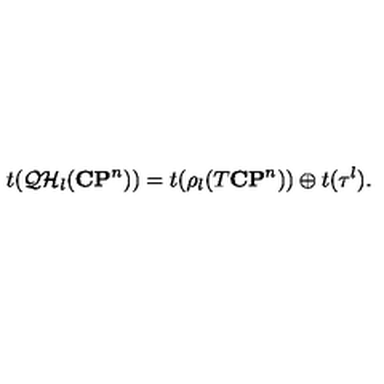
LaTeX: t ( { \cal Q H } _ { l } ( { \bf C P } ^ { n } ) ) = t ( \rho _ { l } ( T { \bf C P } ^ { n } ) ) \oplus t ( { \tau ^ { l } } ) .